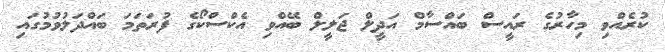
ކުރެއްވި މިހާރުގެ ރައީސް ބައްސާމް އަދީލް ޖަލީލް ބޭއްވި އެކްސްކޯގެ ފުރަތަމަ ބައްދަލުވުމުގައި